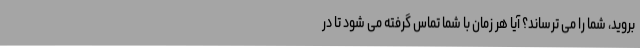
بروید، شما را می ترساند؟ آیا هر زمان با شما تماس گرفته می شود تا در